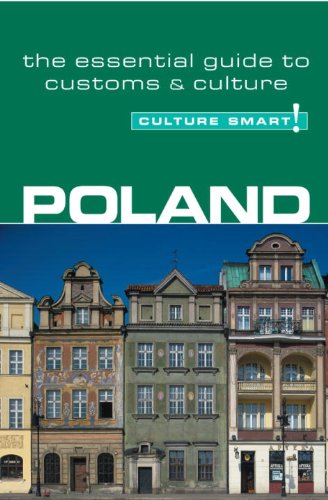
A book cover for Poland - Culture Smart!: the essential guide to customs & culture; Greg Allen; Travel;